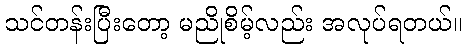
သင်တန်းပြီးတော့ မညိုစိမ့်လည်း အလုပ်ရတယ်။